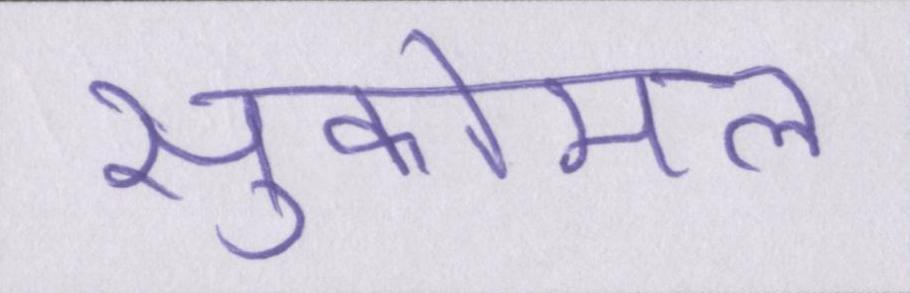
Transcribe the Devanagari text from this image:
सुकोमल